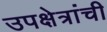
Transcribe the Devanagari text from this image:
उपक्षेत्रांची